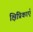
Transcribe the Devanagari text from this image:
क्षिप्रिकाएँ